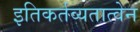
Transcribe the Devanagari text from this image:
इतिकर्तव्यतात्वेन